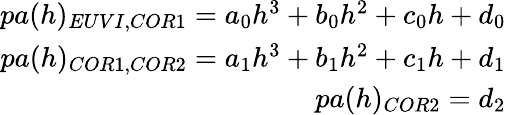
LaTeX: \begin{array}{r}{pa(h)_{EUVI,COR1}=a_{0}h^{3}+b_{0}h^{2}+c_{0}h+d_{0}}\\ {pa(h)_{COR1,COR2}=a_{1}h^{3}+b_{1}h^{2}+c_{1}h+d_{1}}\\ {pa(h)_{COR2}=d_{2}}\end{array}